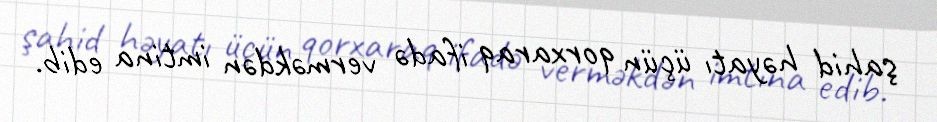
şahid həyatı üçün qorxaraq ifadə verməkdən imtina edib.